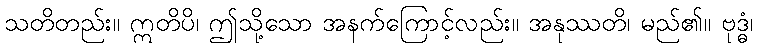
သတိတည်း။ ဣတိပိ၊ ဤသို့သော အနက်ကြောင့်လည်း။ အနုဿတိ၊ မည်၏။ ဗုဒ္ဓံ၊